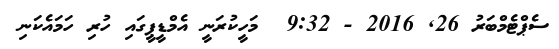
ސެޕްޓެމްބަރު 26